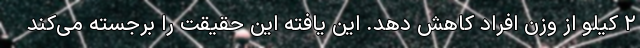
۲ کیلو از وزن افراد کاهش دهد. این یافته این حقیقت را برجسته می‌کند